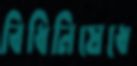
বিধিনিষেধে